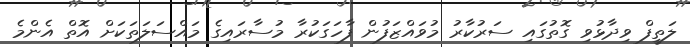
ލަތީފް ވިދާޅުވި ގޮތުގައި ސަރުކާރު މުވައްޒަފުން ފާހަގަކުރާ މުސާރައިގެ މައްސަލަތަކަށް އޮތް އެންމެ